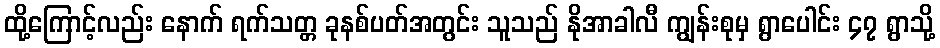
ထို့ကြောင့်လည်း နောက် ရက်သတ္တ ခုနစ်ပတ်အတွင်း သူသည် နိုအာခါလီ ကျွန်းစုမှ ရွာပေါင်း ၄၇ ရွာသို့